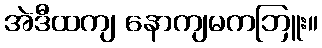
အဲဒီထကျ နောကျမကဘြူး။